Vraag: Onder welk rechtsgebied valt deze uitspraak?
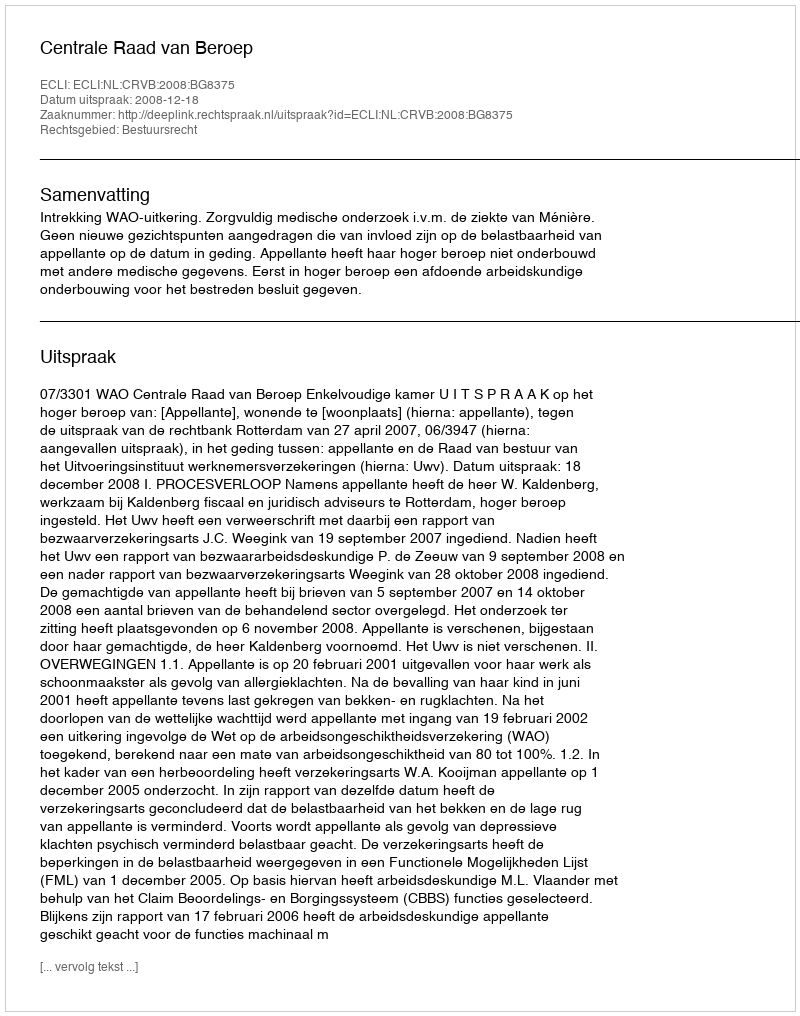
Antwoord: Bestuursrecht